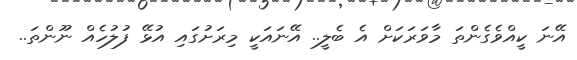
އޭނަ ކީއްވެގެންތަ މާވަރަކަށް އެ ބެލީ.. އޭނައަކީ މިރަށުގައި އުޅޭ ފުލުހެއް ނޫންތަ..